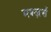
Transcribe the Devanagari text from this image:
मश्ज़र्स